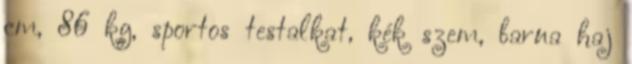
cm, 86 kg, sportos testalkat, kék szem, barna haj